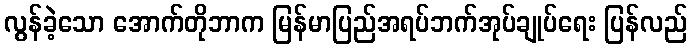
လွန်ခဲ့သော အောက်တိုဘာက မြန်မာပြည်အရပ်ဘက်အုပ်ချုပ်ရေး ပြန်လည်